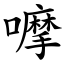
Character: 嚤